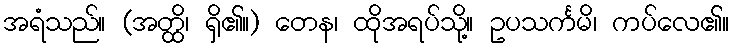
အရံသည်။ (အတ္ထိ၊ ရှိ၏။) တေန၊ ထိုအရပ်သို့။ ဥပသင်္ကမိ၊ ကပ်လေ၏။